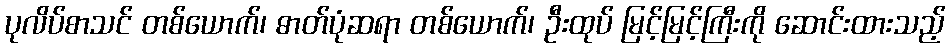
ပုလိပ်စာသင် တစ်ယောက်၊ ဓာတ်ပုံဆရာ တစ်ယောက်၊ ဦးထုပ် မြင့်မြင့်ကြီးကို ဆောင်းထားသည့်